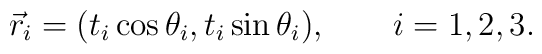
\vec{r}_i=(t_i\cos \theta _i,t_i\sin \theta _i),\qquad i=1,2,3.